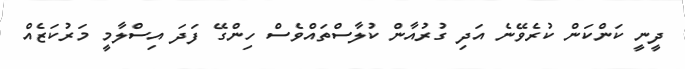
ދީނީ ކަންކަން ކުރެވޭނެ އަދި ގުރުއާން ކުލާސްތައްވެސް ހިންގޭ ފަދަ އިސްލާމީ މަރުކަޒެއް